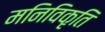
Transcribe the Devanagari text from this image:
मनिविकृति